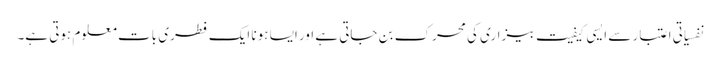
نفسیاتی اعتبار سے ایسی کیفیت بیزاری کی محرک بن جاتی ہے اور ایسا ہونا ایک فطری بات معلوم ہوتی ہے۔